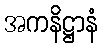
အကနိဋ္ဌာနံ